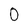
Character: 0